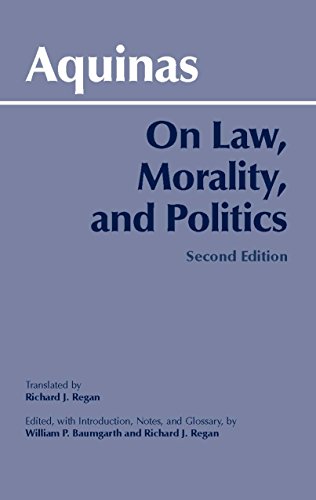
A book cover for On Law, Morality and Politics, 2nd Edition (Hackett Classics); Thomas Aquinas; Law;